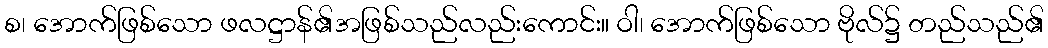
စ၊ အောက်ဖြစ်သော ဖလဋ္ဌာန်၏အဖြစ်သည်လည်းကောင်း။ ဝါ၊ အောက်ဖြစ်သော ဗိုလ်၌ တည်သည်၏